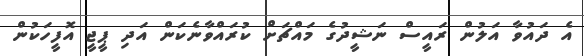
އެ ދައުވާ އަލުން ރައީސް ނަޝީދުގެ މައްޗަށް ކުރައްވާނެކަން އަދި ޕީޖީ އޮފީހަކުން